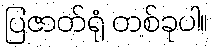
ပြဇာတ်ရုံ တစ်ခုပါ။